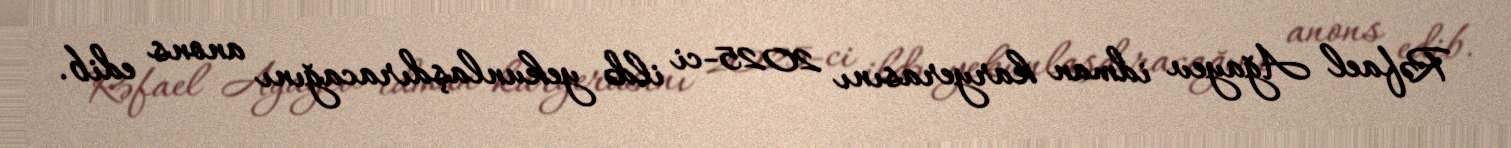
Rəfael Ağayev idman karyerasını 2025-ci ildə yekunlaşdıracağını anons edib.